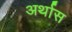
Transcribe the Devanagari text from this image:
अर्थास